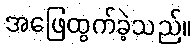
အဖြေထွက်ခဲ့သည်။